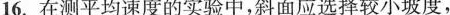
16.在测平均速度的实验中，斜面应选择较小坡度，